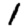
Digit: 1